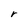
Character: r